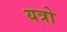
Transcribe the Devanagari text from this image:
यत्रो